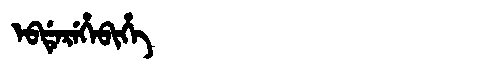
Manchu: ᡝᠪᡩᡝᡵᡝᡥᡝᠪᡳᡥᡝ
Romanization: EBDEREHEBIHE